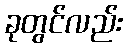
ခုတွင်လည်း